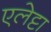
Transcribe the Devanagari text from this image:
एलेट्टा